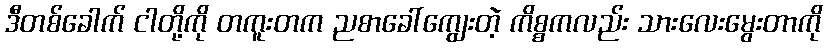
ဒီတစ်ခေါက် ငါတို့ကို တကူးတက ညစာခေါ်ကျွေးတဲ့ ကိစ္စကလည်း သားလေးမွေးတာကို